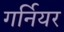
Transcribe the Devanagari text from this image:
गर्नियर